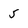
Character: 5